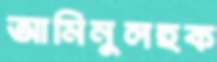
আমিনুলহক